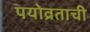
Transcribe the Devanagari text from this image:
पयोव्रताची